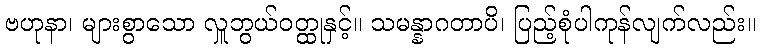
ဗဟုနာ၊ များစွာသော လှူဘွယ်ဝတ္ထုနှင့်။ သမန္နာဂတာပိ၊ ပြည့်စုံပါကုန်လျက်လည်း။